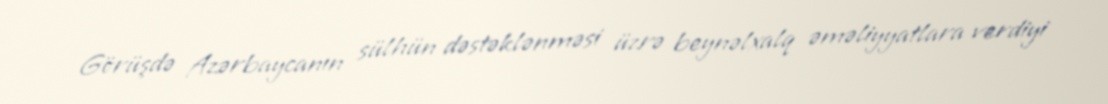
Görüşdə Azərbaycanın sülhün dəstəklənməsi üzrə beynəlxalq əməliyyatlara verdiyi